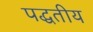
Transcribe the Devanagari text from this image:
पद्धतीय